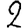
Digit: 2